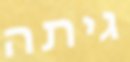
גיתה